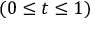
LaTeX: ( 0 \leq t \leq 1 )